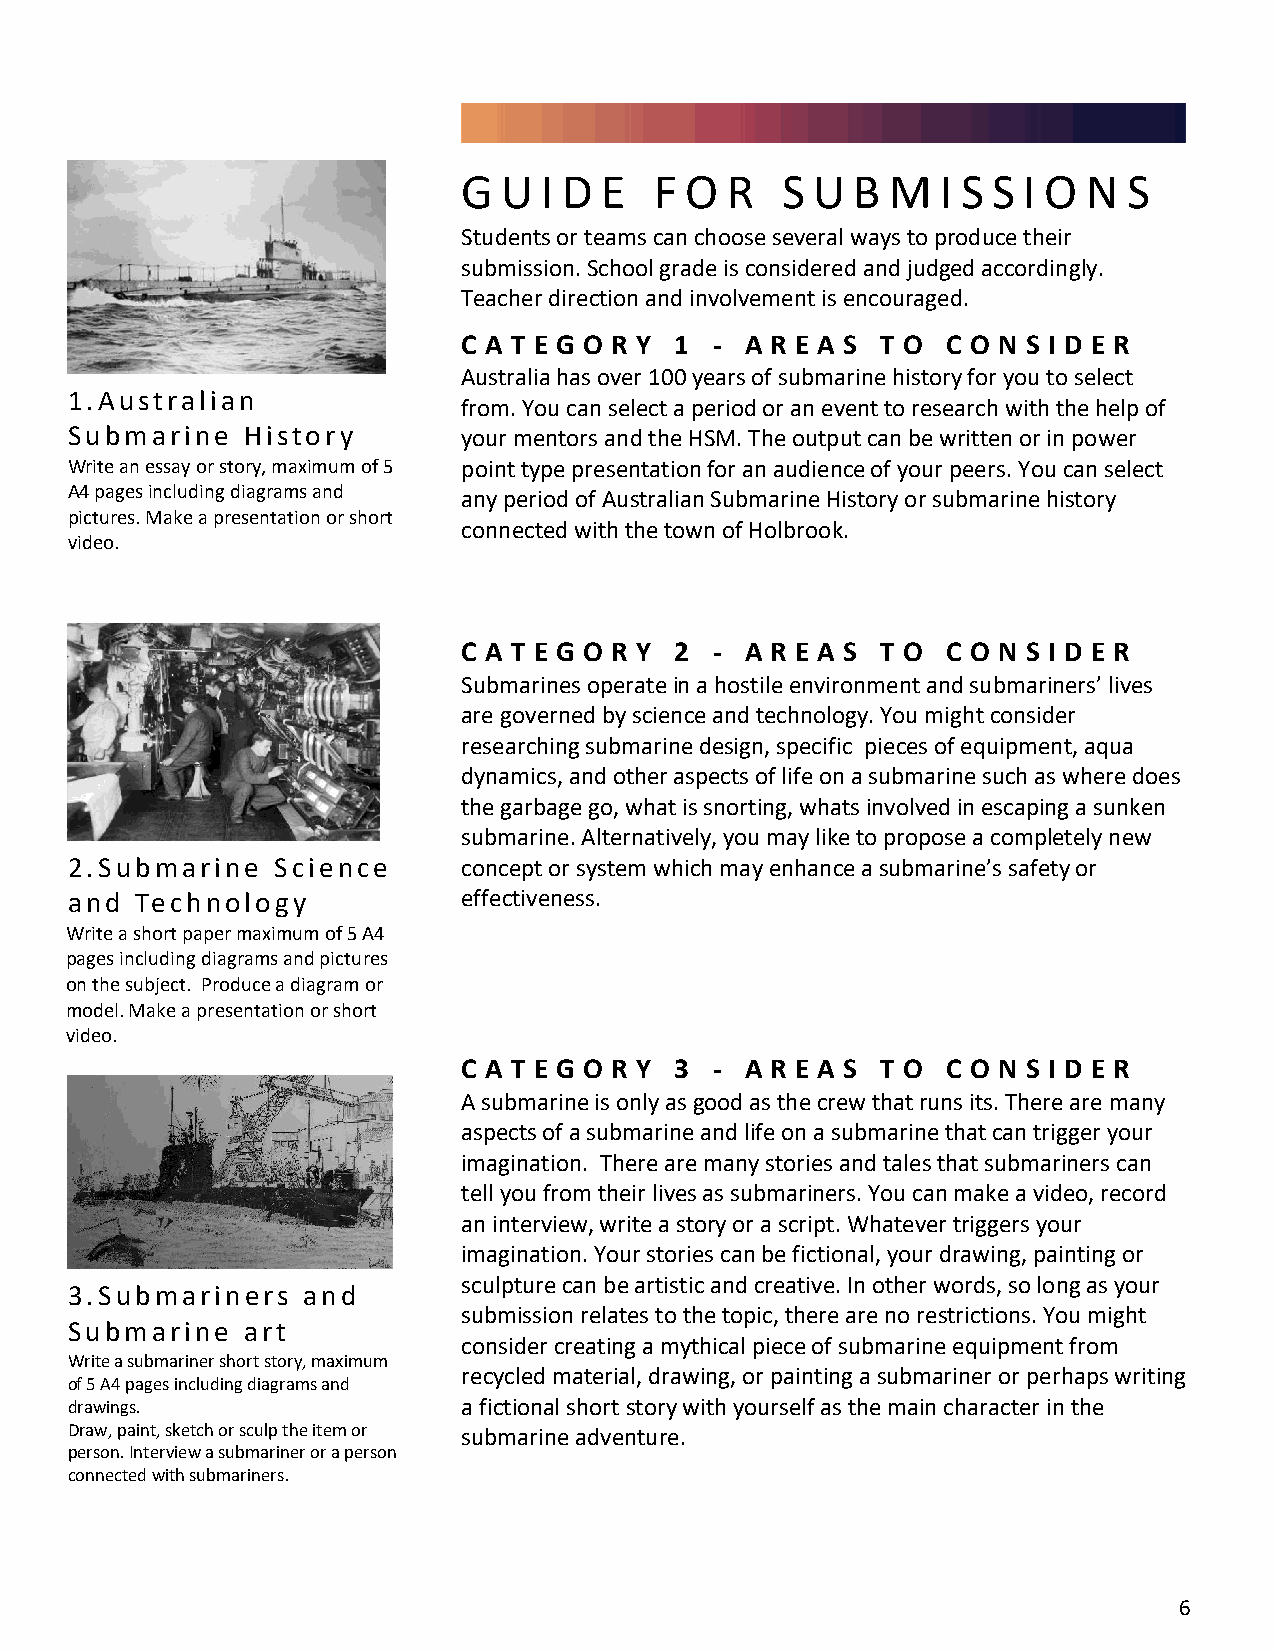
G U  I D E  F O  R   S U B  M  I S S I O N  S
 Students or teams can choose several ways to produce their
 submission. School grade is considered and judged accordingly.
 Teacher direction and involvement is encouraged.
 C A T E G O R Y 1 - A R E A S T O C O N S I D E R
 Australia has over 100 years of submarine history for you to select
 1.Australian
 from. You can select a period or an event to research with the help of
 Submarine   History        your mentors and the HSM. The output can be written or in power
 Write an essay or story, maximum of 5 point type presentation for an audience of your peers. You can select
 A4 pages including diagrams and any period of Australian Submarine History or submarine history
 pictures. Make a presentation or short
 connected with the town of Holbrook.
 video.
 C A T E G O R Y 2 - A R E A S T O C O N S I D E R
 Submarines operate in a hostile environment and submariners’ lives
 are governed by science and technology. You might consider
 researching submarine design, specific pieces of equipment, aqua
 dynamics, and other aspects of life on a submarine such as where does
 the garbage go, what is snorting, whats involved in escaping a sunken
 submarine. Alternatively, you may like to propose a completely new
 2.Submarine   Science      concept or system which may enhance a submarine’s safety or
 and  Technology            effectiveness.
 Write a short paper maximum of 5 A4
 pages including diagrams and pictures
 on the subject. Produce a diagram or
 model. Make a presentation or short
 video.
 C A T E G O R Y 3 - A R E A S T O C O N S I D E R
 A submarine is only as good as the crew that runs its. There are many
 aspects of a submarine and life on a submarine that can trigger your
 imagination. There are many stories and tales that submariners can
 tell you from their lives as submariners. You can make a video, record
 an interview, write a story or a script. Whatever triggers your
 imagination. Your stories can be fictional, your drawing, painting or
 sculpture can be artistic and creative. In other words, so long as your
 3.Submariners   and
 submission relates to the topic, there are no restrictions. You might
 Submarine   art
 consider creating a mythical piece of submarine equipment from
 Write a submariner short story, maximum
 recycled material, drawing, or painting a submariner or perhaps writing
 of 5 A4 pages including diagrams and
 drawings.                  a fictional short story with yourself as the main character in the
 Draw, paint, sketch or sculp the item or submarine adventure.
 person. Interview a submariner or a person
 connected with submariners.
 6